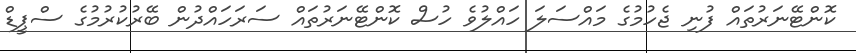
ކޮންޓޭނަރުތައް ފުނި ޖެހުމުގެ މައްސަލަ ހައްލުވެ ހުސް ކޮންޓޭނަރުތައް ސަރަހައްދުން ބޭރުކުރުމުގެ ސްޕީޑް